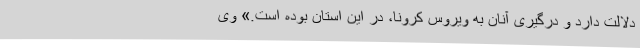
دلالت دارد و درگیری آنان به ویروس کرونا، در این استان بوده است.» وی